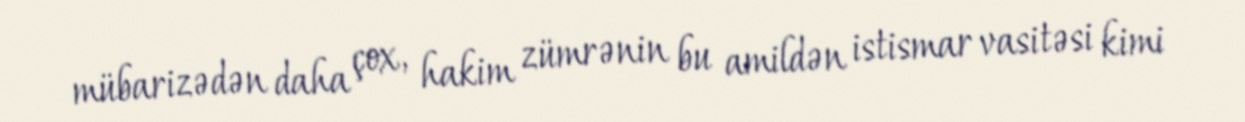
mübarizədən daha çox, hakim zümrənin bu amildən istismar vasitəsi kimi